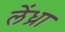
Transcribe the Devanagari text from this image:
लेंध्रा